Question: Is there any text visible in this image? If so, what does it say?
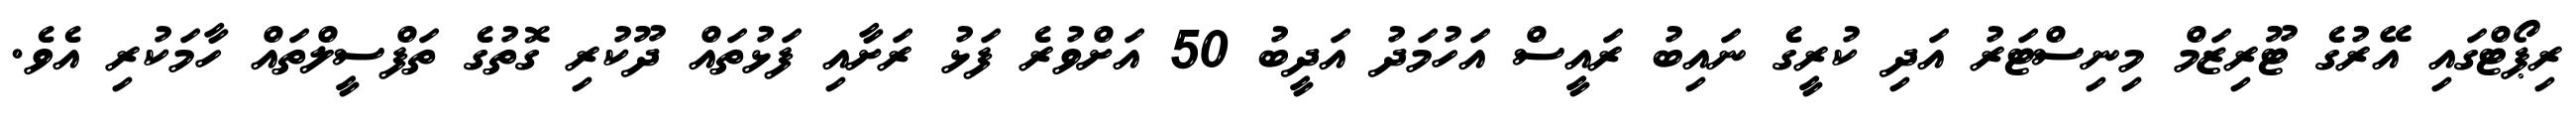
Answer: ރިޕޯޓްގައި އޭރުގެ ޓޫރިޒަމް މިނިސްޓަރު އަދި ކުރީގެ ނައިބު ރައީސް އަހުމަދު އަދީބު 50 އަށްވުރެ ފަޅު ރަށާއި ފަޅުތައް ދޫކުރި ގޮތުގެ ތަފްސީލްތައް ހާމަކުރި އެވެ.